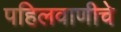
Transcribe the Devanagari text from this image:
पहिलवाणीचे